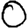
Digit: 0